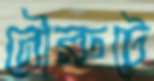
নৌরুটে